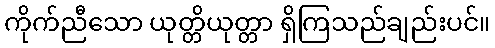
ကိုက်ညီသော ယုတ္တိယုတ္တာ ရှိကြသည်ချည်းပင်။